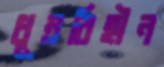
ধূম্রবিহীন